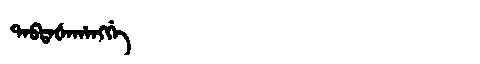
Manchu: ᡨᠠᠪᡨᠠᡧᠠᡥᠠᠩᡤᡝ
Romanization: TABTAŠAHANGGE